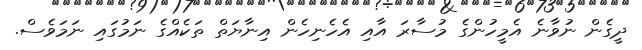
ދީގެން ނުވާނެ އެމީހުންގެ މުސާރަ އާއި އެހެނިހެން އިނާޔަތް ތަކެއްގެ ނަމުގައި ނަމަވެސް.